Annual administration and progress report of the Indian Medical Department, Bombay
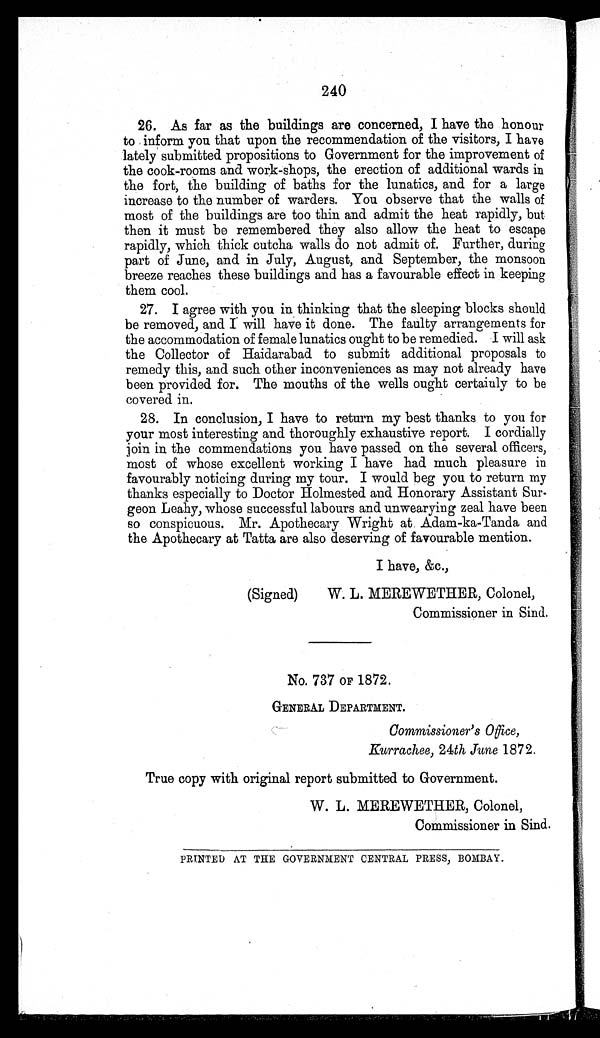
240
26. As far as the buildings are concerned, I have the honour
to inform you that upon the recommendation of the visitors, I have
lately submitted propositions to Government for the improvement of
the cook-rooms and work-shops, the erection of additional wards in
the fort, the building of baths for the lunatics, and for a large
increase to the number of warders. You observe that the walls of
most of the buildings are too thin and admit the heat rapidly, but
then it must be remembered they also allow the heat to escape
rapidly, which thick cutcha walls do not admit of. Further, during
part of June, and in July, August, and September, the monsoon
breeze reaches these buildings and has a favourable effect in keeping
them cool.
27. I agree with you in thinking that the sleeping blocks should
be removed, and I will have it done. The faulty arrangements for
the accommodation of female lunatics ought to be remedied. I will ask
the Collector of Haidarabad to submit additional proposals to
remedy this, and such other inconveniences as may not already have
been provided for. The mouths of the wells ought certainly to be
covered in.
28. In conclusion, I have to return my best thanks to you for
your most interesting and thoroughly exhaustive report. I cordially
j oin in the commendations you have passed on the several officers,
most of whose excellent working I have had much pleasure in
favourably noticing during my tour. I would beg you to return my
thanks especially to Doctor Holmested and Honorary Assistant Sur-
geon Leahy, whose successful labours and unwearying zeal have been
so conspicuous. Mr. Apothecary Wright at. Adam-ka-Tanda and
the Apothecary at Tatta are also deserving of favourable mention.
I have, &c.,
(Signed)
W. L. MEREWETHER, Colonel,
Commissioner in Sind.
No. 737 OF 1872.
GENERAL DEPARTMENT.
Commissioner's Office,
Kurrachee, 24th June 1872.
True copy with original report submitted to Government.
W. L. MEREWETHER, Colonel,
Commissioner in Sind.
PRINTED AT THE GOVERNMENT CENTRAL PRESS, BOMBAY.